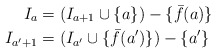
\begin{align*} I_a &= (I_{a+1} \cup \{a\}) - \{\bar{f}(a)\}\\I_{a'+1} & = (I_{a'} \cup \{\bar{f}(a')\}) - \{a'\}\end{align*}